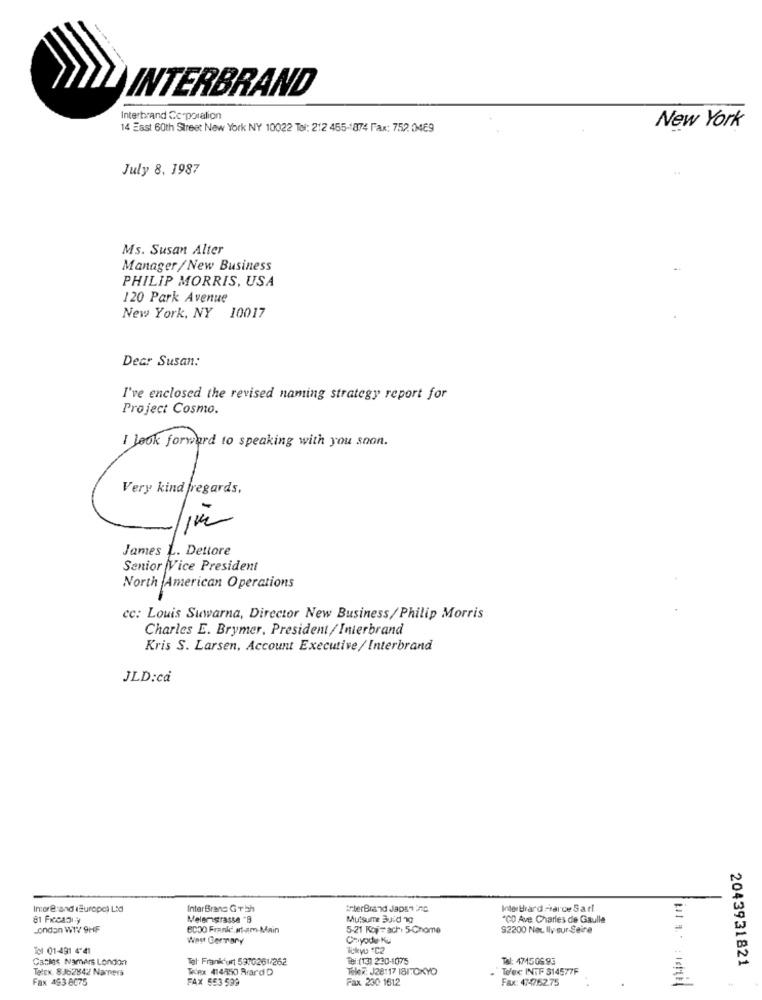
INTERBRAND
Interbrand Corporalion
14 East 60th Street New York NY 10022 Tol: 212 455-1874 Fax: 752. 0469
New York
July 8, 1987
44
Ms. Susan Alter
Manager / New Business
PHILIP MORRIS, USA
120 Park Avenue
New York, NY 10017
Dear Susan:
I've enclosed the revised naming strategy report for
Project Cosmo.
I look forward to speaking with you soon .
Very kind regards,
James L. Dettore
Senior Vice President
North American Operations
cc: Louis Suwarna, Director New Business/Philip Morris
Charles E. Brymer, President/ Interbrand
Kris S. Larsen, Account Executive/ Interbrand
JLD:ca
Incore and (Europe) Ltd
InterBrand GTch
ErterBrand Japsning
Inter brard -tal de Sarl
Melemgrasse "B
Mutsume Buid 10
"CO Ave. Charles de Gaulle
E
London WWV 9HF
BC30 Franic, st-em-Main
5-21 Koj- acht 5-Chome
92200 Nee Ilv -sur-Seine
West GerTary
Cayode Ku
Tel 01-491 4'41
Cables Namers London
Tel: Frankfurt 53:0261/262
Tel:(13) 230-1075
Tel: 471508 95
2043931821
TelEx. 8:162842 Namers
TeRx 414850 Rrard D
Tele: J28117 BITOKYO
Telex: INTF 514577F
Fax 493 8075
FAX 553 599
Fax 230 1612
Fax: 474762.75